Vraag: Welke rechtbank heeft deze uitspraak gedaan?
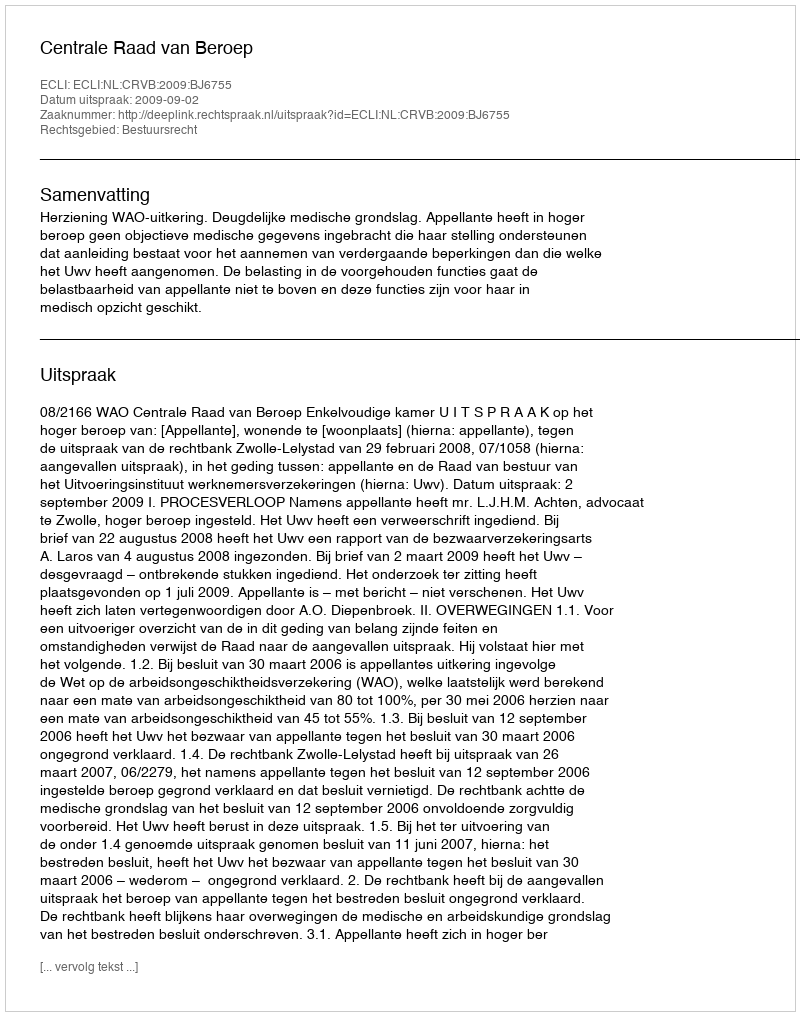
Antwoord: Centrale Raad van Beroep